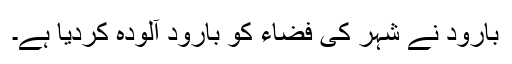
بارود نے شہر کی فضاء کو بارود آلودہ کردیا ہے۔